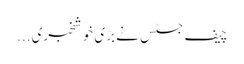
چیف جسٹس نے بڑی خوشخبری...